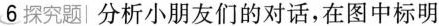
6 探究题 分析小朋友们的对话，在图中标明